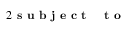
\begin{array} { r l r l } { { 2 } \textbf { s u b j e c t \, \, t o } } \end{array}